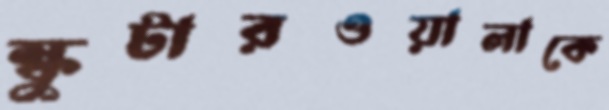
স্কুটারওয়ালাকে